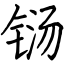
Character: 铴